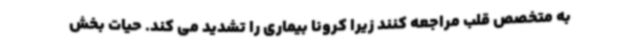
به متخصص قلب مراجعه کنند زیرا کرونا بیماری را تشدید می کند. حیات بخش